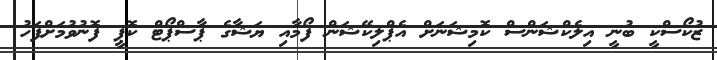
ޒުކޯސްކީ ބުނީ އިލެކްޝަންސް ކޮމިޝަނަށް އެޕްލިކޭޝަން ފޯމާއި ޔަޝާގެ ޕާސްޕޯޓް ކޮޕީ ފޮނުވުމަށްފަހު